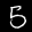
Label: 5